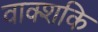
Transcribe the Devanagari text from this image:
वाक्शकि